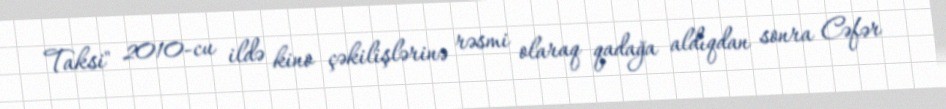
Taksi" 2010-cu ildə kino çəkilişlərinə rəsmi olaraq qadağa aldıqdan sonra Cəfər